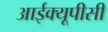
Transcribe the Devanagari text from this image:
आईक्यूपीसी